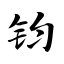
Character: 钧